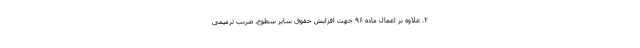
۲. علاوه بر اعمال ماده ۹۶ جهت افزایش حقوق سایر سطوح، ضریب ترمیمی